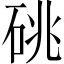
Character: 䂪